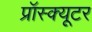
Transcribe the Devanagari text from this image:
प्रॉस्क्यूटर